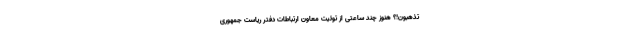
تذهبون!؟ هنوز چند ساعتی از توئیت معاون ارتباطات دفتر ریاست جمهوری